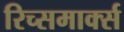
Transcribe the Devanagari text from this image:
रिच्समार्क्स